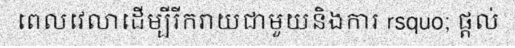
ពេលវេលាដើម្បីរីករាយជាមួយនិងការ rsquo; ផ្តល់